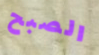
الصبح